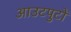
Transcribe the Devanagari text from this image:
आउटपुटों